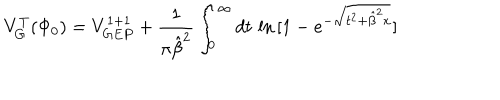
LaTeX: V _ { G } ^ { T } ( \Phi _ { 0 } ) = V _ { G E P } ^ { 1 + 1 } + { \frac { 1 } { \pi { \hat { \beta } } ^ { 2 } } } \int _ { 0 } ^ { \infty } d t \, \ln \, [ 1 - e ^ { - \sqrt { t ^ { 2 } + { \hat { \beta } } ^ { 2 } x } } ]